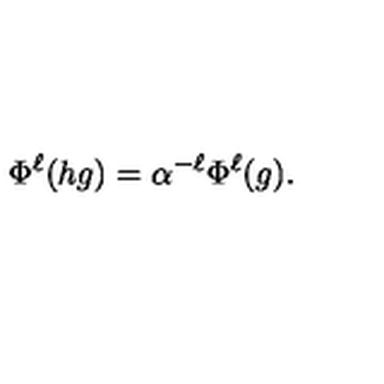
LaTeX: \Phi ^ { \ell } ( h g ) = \alpha ^ { - \ell } \Phi ^ { \ell } ( g ) .